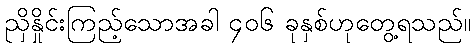
ညှိနှိုင်းကြည့်သောအခါ ၄၀၆ ခုနှစ်ဟုတွေ့ရသည်။